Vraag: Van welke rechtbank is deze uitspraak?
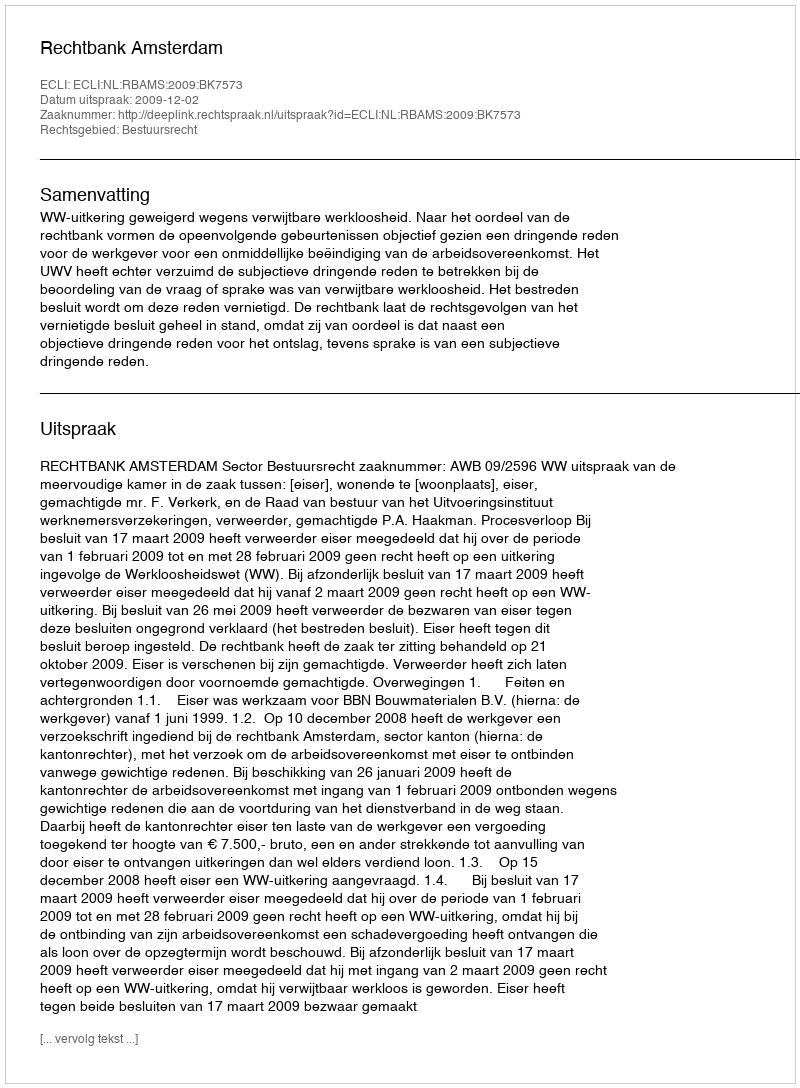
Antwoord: Rechtbank Amsterdam